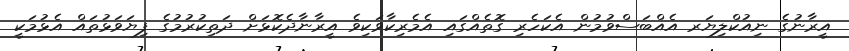
އީރާނުގެ ނިއުކްލިޔަރ އެއްބަސްވުމުން އެކަހެރި ގޮތެއްގައި އެމެރިކާވަކިވެ އީރާނާދެކޮޅަށް ދަތިކުރުމުގެ ފިޔަވަޅުތައް އެޅުމަކީ